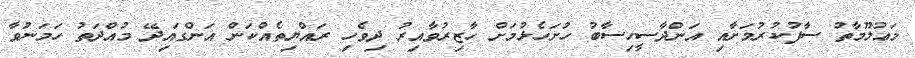
މަޢުލޫމާތު ސާފުކުރުމަށާއި އަންދާސީހިސާބު ހުށަހެޅުމަށް ހާޒިރުވާއިރު ދިވެހި ރައްޔިތެއްކަން އަންގައިދޭ މުއްދަތު ހަމަނުވާ